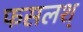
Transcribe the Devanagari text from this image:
फसलश्